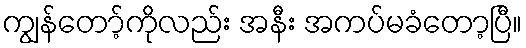
ကျွန်တော့်ကိုလည်း အနီး အကပ်မခံတော့ပြီ။